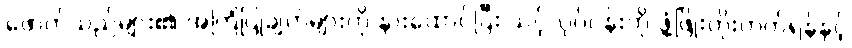
ဖောက်သည်များ၏ အကြံပြုချက်များကို နားထောင်ပြီး သင့်လုပ်ငန်းကို ဖွံ့ဖြိုးတိုးတက်ရန်နှင့်